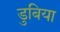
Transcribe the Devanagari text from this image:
डुबिया